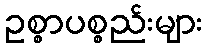
ဥစ္စာပစ္စည်းများ